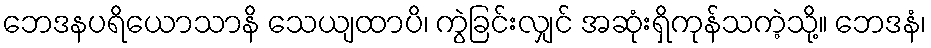
ဘေဒနပရိယောသာနိ သေယျထာပိ၊ ကွဲခြင်းလျှင် အဆုံးရှိကုန်သကဲ့သို့။ ဘေဒနံ၊